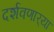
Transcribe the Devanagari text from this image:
दर्शवणार्‍या